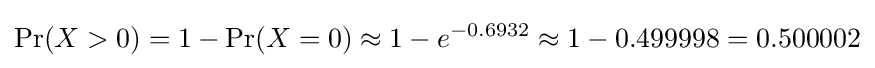
\Pr(X>0)=1-\Pr(X=0)\approx 1-e^{-0.6932}\approx 1-0.499998=0.500002